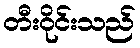
တီးဝိုင်းသည်